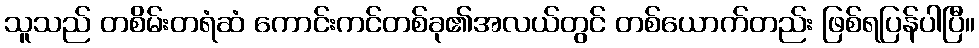
သူသည် တစိမ်းတရံဆံ ကောင်းကင်တစ်ခု၏အလယ်တွင် တစ်ယောက်တည်း ဖြစ်ရပြန်ပါပြီ။